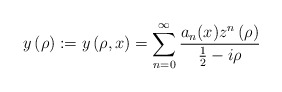
\begin{align*}y\left( \rho\right) :=y\left( \rho,x\right) =\sum_{n=0}^{\infty}\frac{a_{n}(x)z^{n}\left( \rho\right) }{\frac{1}{2}-i\rho} \end{align*}